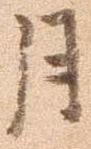
月